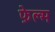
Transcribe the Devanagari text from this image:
फ़ेल्म